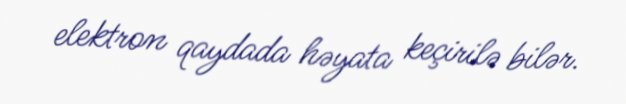
elektron qaydada həyata keçirilə bilər.